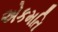
એકમતિ